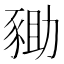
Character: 𧱑